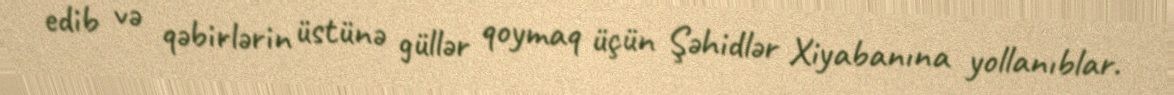
edib və qəbirlərin üstünə güllər qoymaq üçün Şəhidlər Xiyabanına yollanıblar.